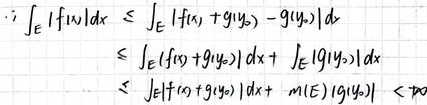
\[
\begin{align*}
\therefore \int_E |f(x)|dx &\leq \int_E |f(x) + g(y_0) - g(y_0)|dx\\
&\leq \int_E |f(x) + g(y_0)|dx + \int_E |g(y_0)|dx\\
&\leq \int_E |f(x) + g(y_0)|dx + m(E)|g(y_0)| < \infty
\end{align*}
\]